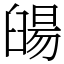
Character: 䑗